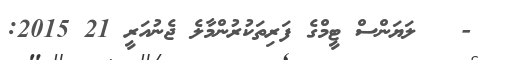
-   ލަޔަންސް ޓީމްގެ ފަރިތަކުރުންމާލެ ޖެނުއަރީ 21 2015: